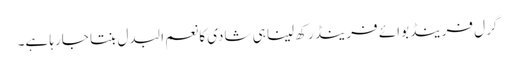
گرل فرینڈ بوائے فرینڈ رکھ لینا ہی شادی کا نعم البدل بنتا جارہا ہے۔